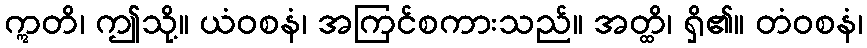
ဣတိ၊ ဤသို့။ ယံဝစနံ၊ အကြင်စကားသည်။ အတ္ထိ၊ ရှိ၏။ တံဝစနံ၊